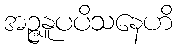
အဉ္ဇနူပပိသနေဟိ